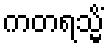
ကတရသ္မိံ